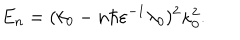
LaTeX: E _ { n } = ( k _ { 0 } - n \hbar \varepsilon ^ { - 1 } \lambda _ { 0 } ) ^ { 2 } \kappa _ { 0 } ^ { 2 } .